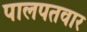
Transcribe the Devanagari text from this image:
पालपतवार